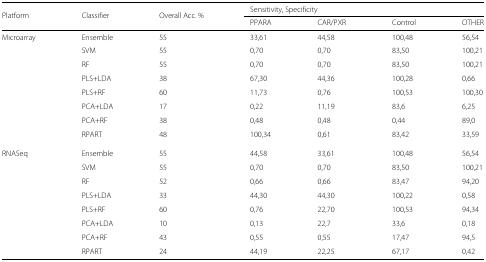
| Platform | Classifier | Overall Acc. % | <COLSPAN=3> Sensitivity, Specificity |  |
 |  |  |  | PPARA | CAR/PXR | Control | OTHER |
 | --- | --- | --- | --- | --- | --- | --- |
 | Microarray | Ensemble | 55 | 33,61 | 44,58 | 100,48 | 56,54 |
 |  | SVM | 55 | 0,70 | 0,70 | 83,50 | 100,21 |
 |  | RF | 55 | 0,70 | 0,70 | 83,50 | 100,21 |
 |  | PLS+LDA | 38 | 67,30 | 44,36 | 100,28 | 0,66 |
 |  | PLS+RF | 60 | 11,73 | 0,76 | 100,53 | 100,30 |
 |  | PCA+LDA | 17 | 0,22 | 11,19 | 83,6 | 6,25 |
 |  | PCA+RF | 38 | 0,48 | 0,48 | 0,44 | 89,0 |
 |  | RPART | 48 | 100,34 | 0,61 | 83,42 | 33,59 |
 | RNASeq | Ensemble | 55 | 44,58 | 33,61 | 100,48 | 56,54 |
 |  | SVM | 55 | 0,70 | 0,70 | 83,50 | 100,21 |
 |  | RF | 52 | 0,66 | 0,66 | 83,47 | 94,20 |
 |  | PLS+LDA | 33 | 44,30 | 44,30 | 100,22 | 0,58 |
 |  | PLS+RF | 60 | 0,76 | 22,70 | 100,53 | 94,34 |
 |  | PCA+LDA | 10 | 0,13 | 22,7 | 33,6 | 0,18 |
 |  | PCA+RF | 43 | 0,55 | 0,55 | 17,47 | 94,5 |
 |  | RPART | 24 | 44,19 | 22,25 | 67,17 | 0,42 |